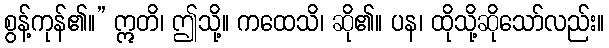
စွန့်ကုန်၏။” ဣတိ၊ ဤသို့။ ကထေသိ၊ ဆို၏။ ပန၊ ထိုသို့ဆိုသော်လည်း။